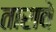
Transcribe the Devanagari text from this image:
तारावे